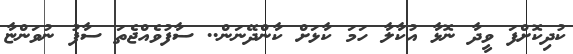
ކުދިކޮށްފަ ވީދާ ނޮޅާ އުކާލާ ހަމަ ކާޅަށް ކާންދޭނަން.. ސާފުވެއްޖެތަ ސާފު ނުވަންޏާ